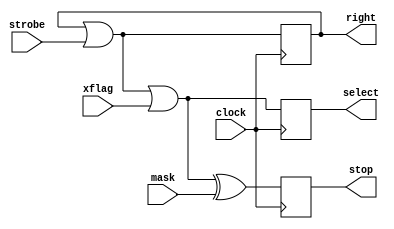
module asignacion2 (
    input clock, strobe, xflag, mask,
    output reg right, select, stop
);
    
    always @(posedge clock) begin
        right = right | strobe;
        select = right | xflag;
        stop <= select ^ mask;
    end
endmodule